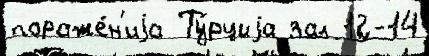
пораже́н'иjа Ту́рциjа зал 12-14